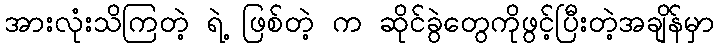
အားလုံးသိကြတဲ့ ရဲ့ ဖြစ်တဲ့ က ဆိုင်ခွဲတွေကိုဖွင့်ပြီးတဲ့အချိန်မှာ